Protection of India from yellow fever
Disease focus: Fever
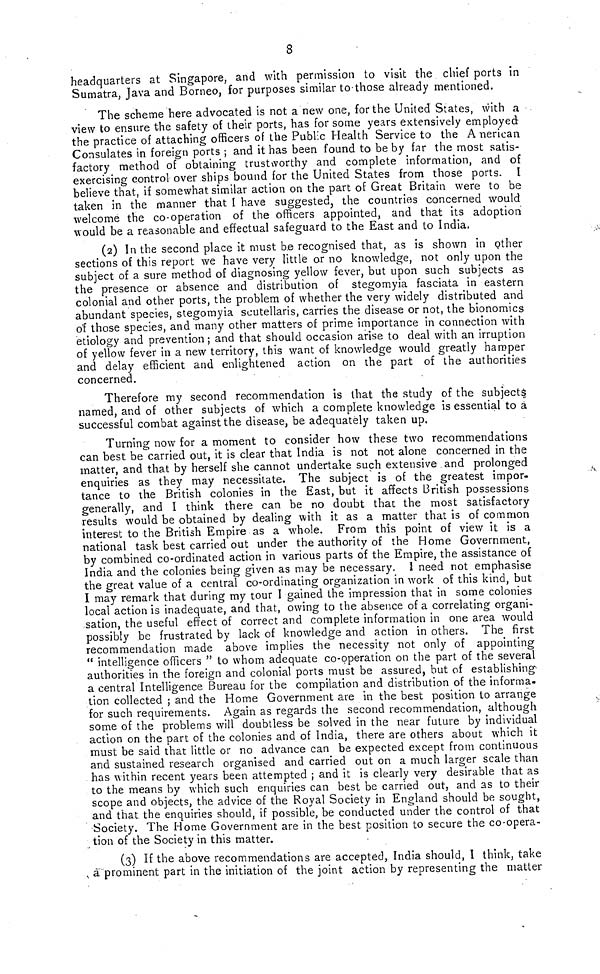
8
headquarters at Singapore, and with permission to visit the chief ports in
Sumatra, Java and Borneo, for purposes similar to-those already mentioned.
The scheme here advocated is not a new one, for the United States, with a
view to ensure the safety of their ports, has for some years extensively employed
the practice of attaching officers of the Public Health Service to the American
Consulates in foreign ports ; and it has been found to be by far the most satis-
factory method of obtaining trustworthy and complete information, and of
exercising control over ships bound for the United States from those ports. I
believe that, if somewhat similar action on the part of Great Britain were to be
taken in the manner that I have suggested } the countries concerned would
welcome the co-operation of the officers appointed, and that its adoption
would be a reasonable and effectual safeguard to the East and to India,
(2) In the second place it must b.e recognised that, as is shown in other
sections of this report we have very little or no knowledge, not only upon the
subject of a sure method of diagnosing yellow fever, but upon such subjects as
the presence or absence and distribution of stegomyia fasciata in eastern
colonial and other ports, the problem, of whether the very widely distributed and
abundant species, stegomyia scutellaris, carries the disease or not, the bionomics
o'f those species, and many other matters of prime importance in connection with
etiology and prevention ; and that should occasion arise to deal with an irruption
of yellow fever in a new territory, this want of knowledge would greatly hamper
and delay efficient and enlightened action on the part of the authorities
concerned.
Therefore my second recommendation is that the study of the subjects
named, and of other subjects of which a complete knowledge is essential to a
successful combat against the disease, be adequately taken up.
Turning now for a moment to consider how these two recommendations
can best be carried out, it is clear that India is not not alone concerned in the
matter, and that by herself she cannot undertake such extensive and prolonged
enquiries as they may necessitate. The subject is of the greatest impor-
tance to the British colonies in the East, but it affects British possessions
generally, and I think there can be no doubt that the most satisfactory
results would be obtained by dealing with it as a matter that is of common
interest to the British Empire as a whole. From this point of view it is a
national task best carried out under the authority of the Home Government,
by combined co-ordinated action in various parts of the Empire, the assistance of
India and the colonies being given as may be necessary. 1 need not emphasise
the great value of a central co-ordinating organization in work of this kind, but
I may remark that during my tour I gained the impression that in some colonies
local action is inadequate, and that, owing to the absence of a correlating organi-
sation, the useful effect of correct and complete information in one area would
possibly be frustrated by lack of knowledge and action in others. The first
recommendation made above implies the necessity not only of appointing
" intelligence officers " to whom adequate co-operation on the part of the several
authorities in the foreign and colonial ports must be assured, but of establishing
a central Intelligence Bureau for the compilation and distribution of the informa-
tion collected ; and the Home Government are in the best position to arrange
for such requirements. Again as regards the second recommendation, although
some of the problems will doubtless be solved in the near future by individual
action on the part of the colonies and of India, there are others about which it
must be said that little or no advance can be expected except from continuous
and sustained research organised and carried out on a much larger scale than
has within recent years been attempted ; and it is clearly very desirable that as
to the means by which such enquiries can best be carried out, and as to their
scope and objects, the advice of the Royal Society in England should be sought,
and that the enquiries should, if possible, be conducted under the control of that
Society. The Home Government are in the best position to secure the co-opera-
tion of the Society in this matter.
(3) If the above recommendations are accepted, India should, I think, take
ä prominent part in the initiation of the joint action by representing the matter